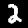
Digit: 2